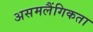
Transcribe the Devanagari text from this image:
असमलैंगिकता